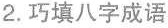
2.巧填八字成语